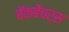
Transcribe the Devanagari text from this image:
बॅकबेंचर्स